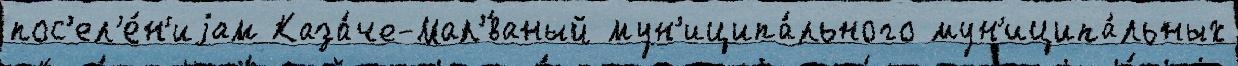
пос'ел'е́н'иjам Каза́че-Мал'́ваный мун'иципа́льного мун'иципа́льных